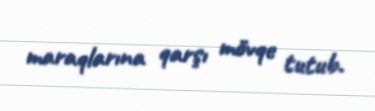
maraqlarına qarşı mövqe tutub.